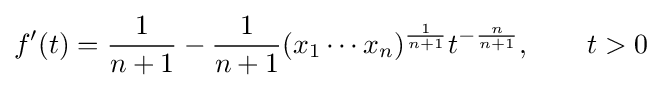
f'(t)={\frac {1}{n+1}}-{\frac {1}{n+1}}({x_{1}\cdots x_{n}})^{\frac {1}{n+1}}t^{-{\frac {n}{n+1}}},\qquad t>0